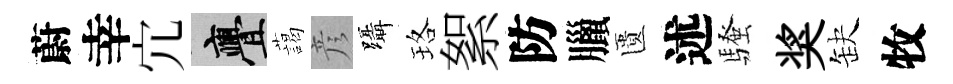
蔚幸宂亹藹彦躡珞絮防臘匱述騷奖缺牧